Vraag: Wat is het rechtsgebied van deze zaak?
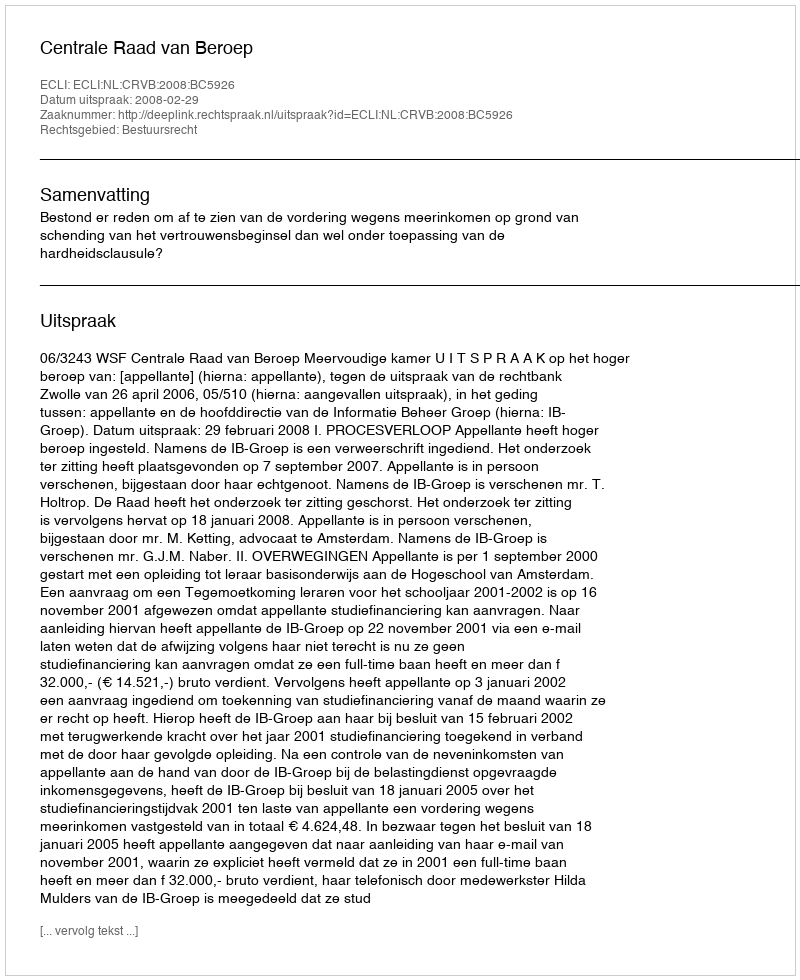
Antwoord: Bestuursrecht